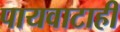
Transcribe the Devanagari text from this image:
पायवाटाही